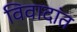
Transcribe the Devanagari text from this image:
विवादांत